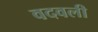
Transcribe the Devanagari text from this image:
वदवली